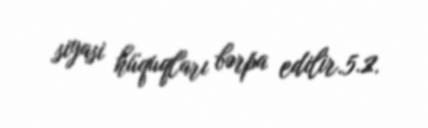
siyasi hüquqları bərpa edilir.5.2.